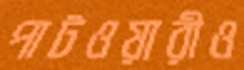
পাটওয়ারীও